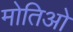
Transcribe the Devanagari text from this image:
मोतिओ